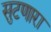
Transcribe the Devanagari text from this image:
सुटणारा